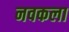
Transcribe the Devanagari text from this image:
नवकला